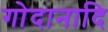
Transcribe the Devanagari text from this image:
गोदानादि